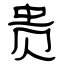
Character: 贵